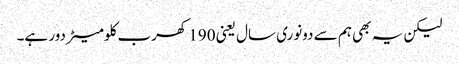
لیکن یہ بھی ہم سے دونوری سال یعنی 190 کھرب کلومیٹر دور ہے۔